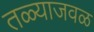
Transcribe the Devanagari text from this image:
तळ्याजवळ